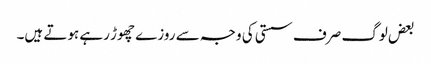
بعض لوگ صرف سستی کی وجہ سے روزے چھوڑ رہے ہوتے ہیں۔